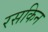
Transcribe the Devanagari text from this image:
रसकिन